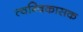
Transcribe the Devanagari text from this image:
त्वग्विकासक